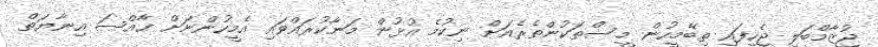
ޖުޒާމްބަލި ޖެހިފައި ތިބޭމީހުން މީސްތަކުންތެރެއަށް ނިކުމެ އުޅުން މަނާކުރައްވައި އެމީހުންނަށް ޚާއްޞަ އިނާޔަތް